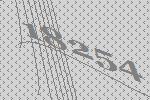
18254